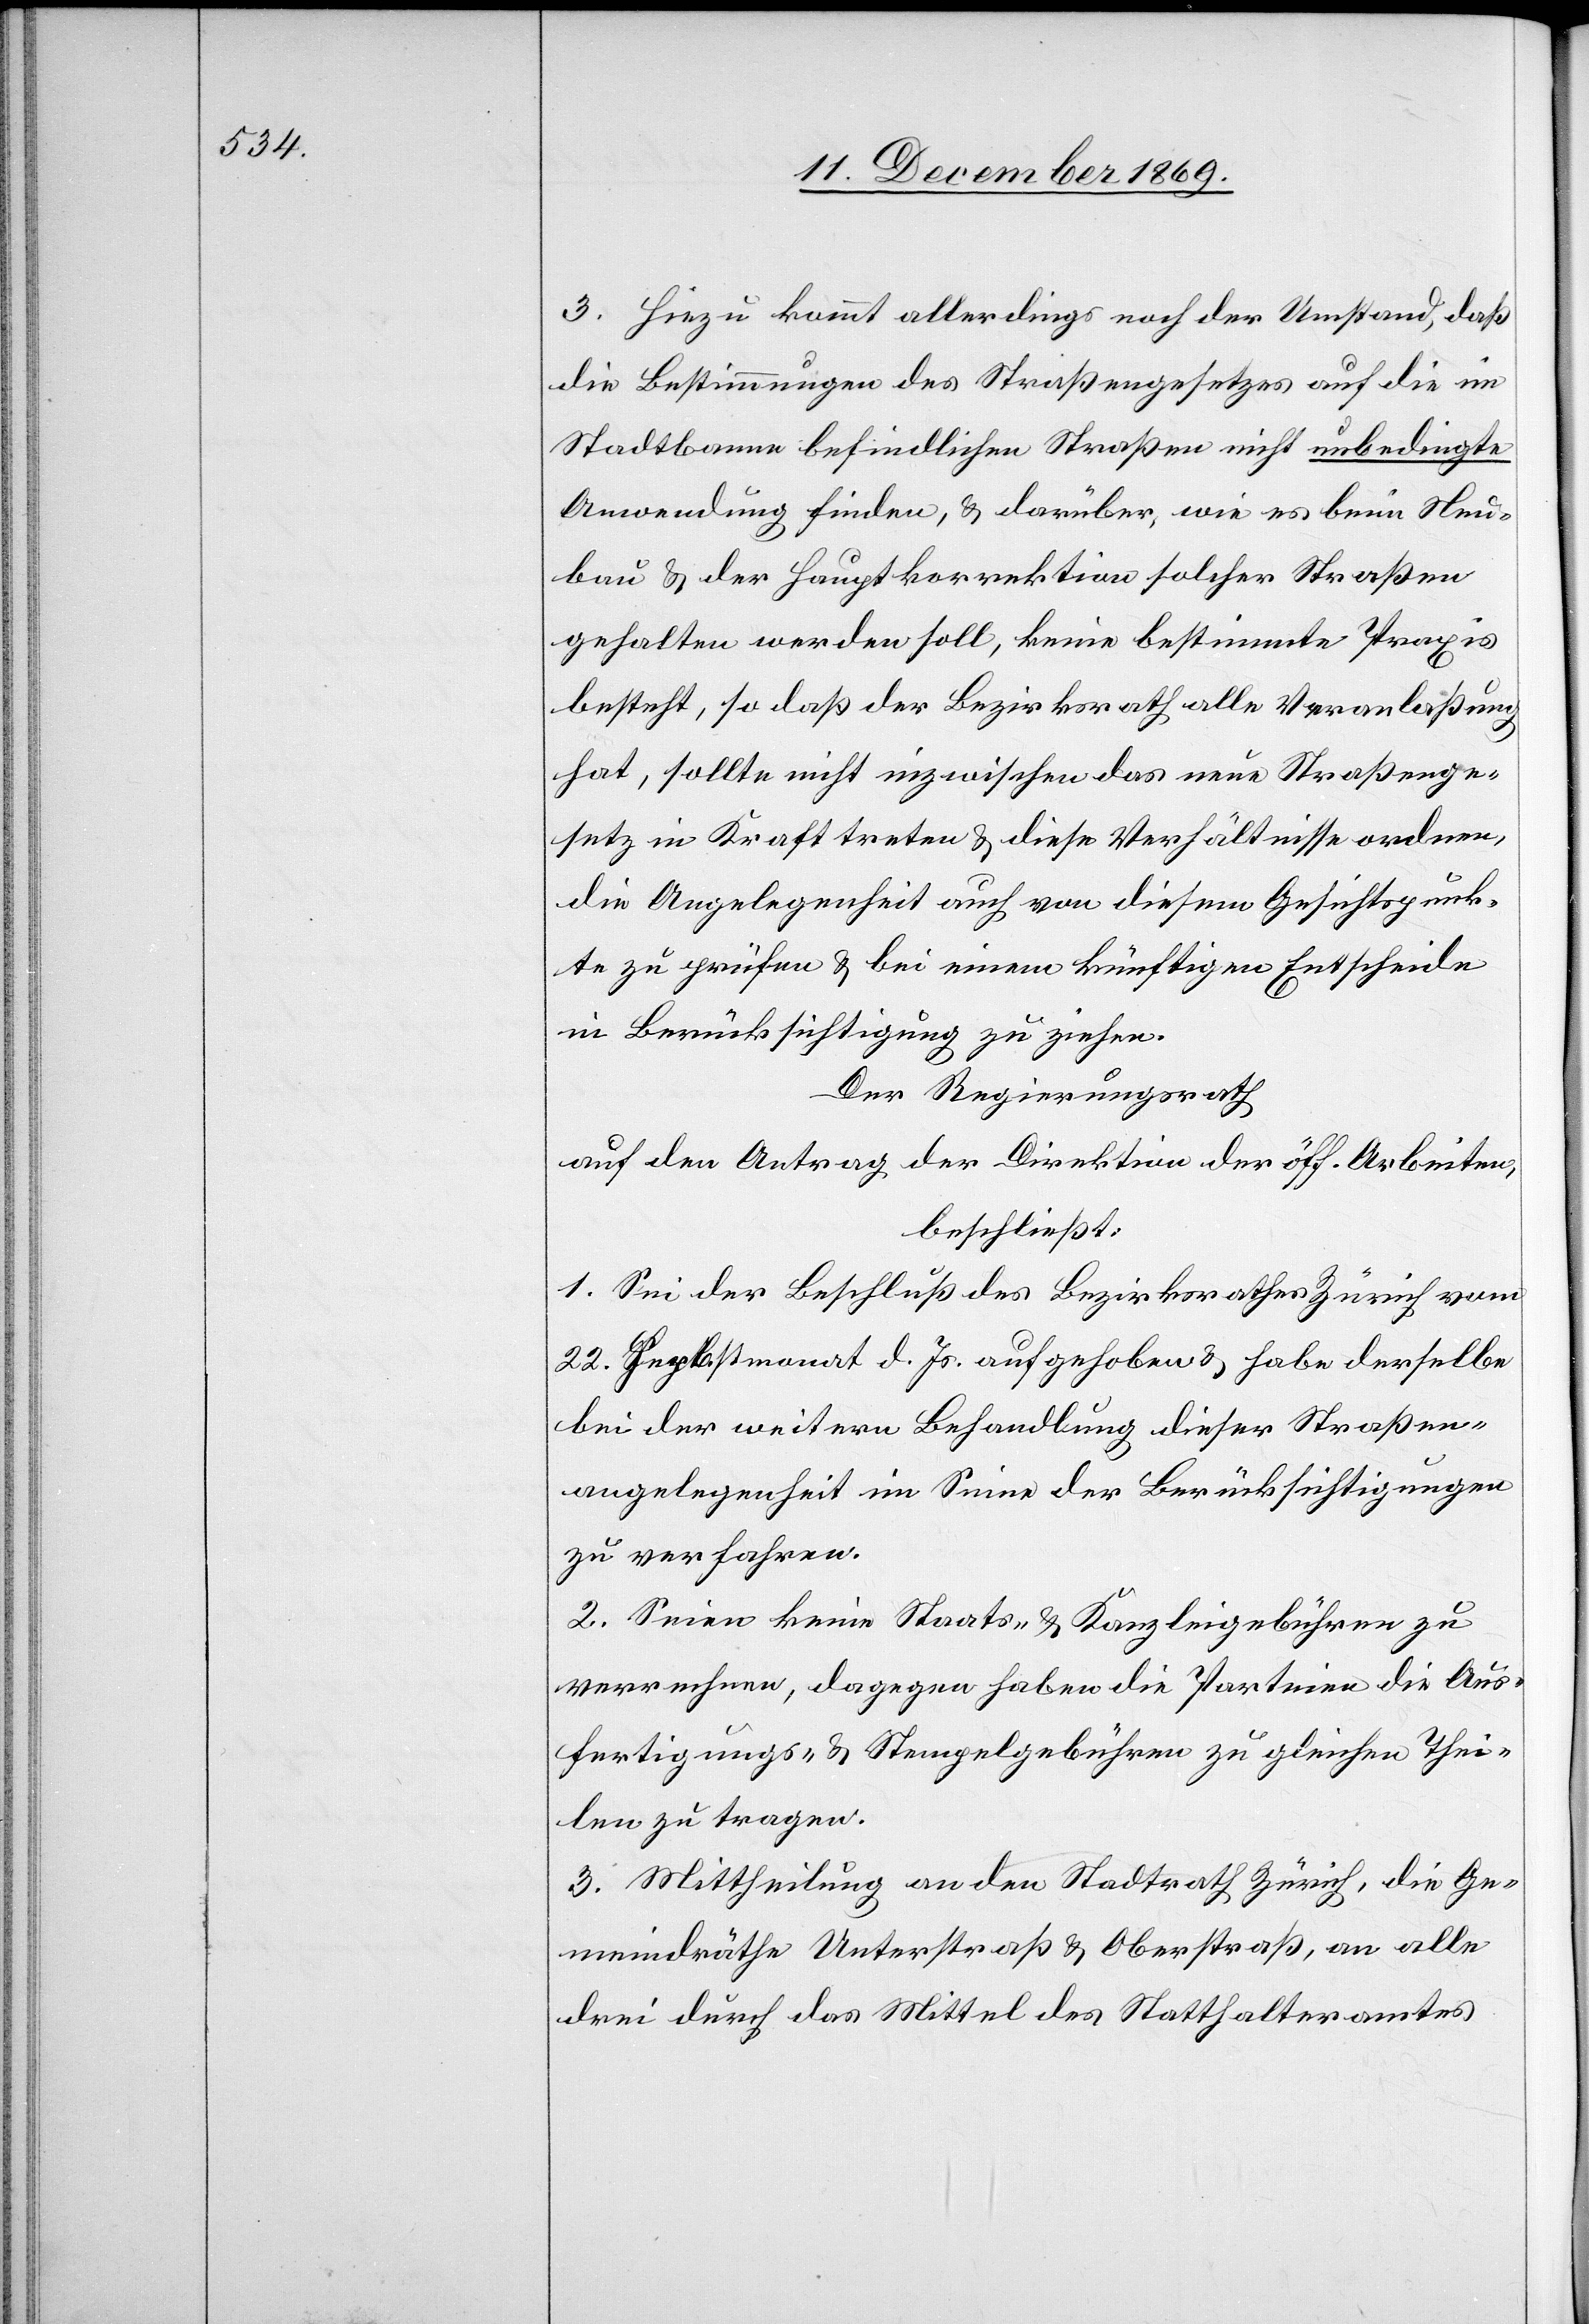
3. Hiezu kommt allerdings noch der Umstand, daß
die Bestimmungen des Straßengesetzes auf die im
Stadtbanne befindlichen Straßen nicht unbedingte
Anwendung finden, & darüber, wie es beim Neu¬
bau & der Hauptkorrektion solcher Straßen
gehalten werden soll, keine bestimmte Praxis
besteht, so daß der Bezirksrath alle Veranlaßung
hat, sollte nicht inzwischen das neue Straßenge¬
setz in Kraft treten & diese Verhältnisse ordnen,
die Angelegenheit auch von diesem Gesichtspunk¬
te zu prüfen & bei einem künftigen Entscheide
in Berücksichtigung zu ziehen.
Der Regierungsrath
auf den Antrag der Direktion der öff. Arbeiten,
beschließt:
1. Sei der Beschluß des Bezirksrathes Zürich vom
22. Herbstmonat d. Js. aufgehoben & habe derselbe
bei der weitern Behandlung dieser Straßen¬
angelegenheit im Sinne der Berücksichtigungen
zu verfahren.
2. Seien keine Staats- & Kanzleigebühren zu
verrechnen, dagegen haben die Parteien die Aus¬
fertigungs- & Stempelgebühren zu gleichen Thei¬
len zu tragen.
3. Mittheilung an den Stadtrath Zürich, die Ge¬
meindräthe Unterstraß & Oberstraß, an alle
drei durch das Mittel des Statthalteramtes